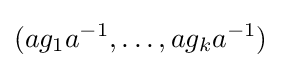
(ag_{1}a^{-1},\ldots ,ag_{k}a^{-1})